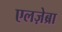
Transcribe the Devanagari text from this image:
एलज़ेब्रा